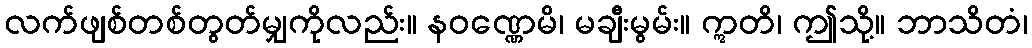
လက်ဖျစ်တစ်တွတ်မျှကိုလည်း။ နဝဏ္ဏေမိ၊ မချီးမွမ်း။ ဣတိ၊ ဤသို့။ ဘာသိတံ၊